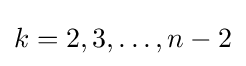
{\textstyle k=2,3,\ldots ,n-2}